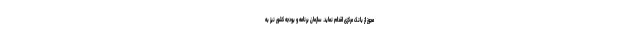
مجوز از بانک مرکزی اقدام نماید. سازمان برنامه و بودجه کشور نیز به